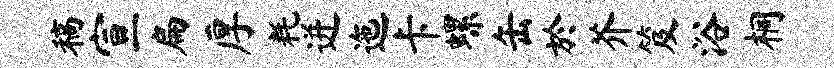
稿宣扁厚耗迸迤卡螺缶於芥笈浴桐